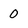
Character: 0